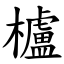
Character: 櫨